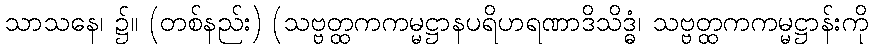
သာသနေ၊ ၌။ (တစ်နည်း) (သဗ္ဗတ္ထကကမ္မဋ္ဌာနပရိဟရဏာဒိသိဒ္ဓံ၊ သဗ္ဗတ္ထကကမ္မဋ္ဌာန်းကို